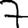
Digit: 7